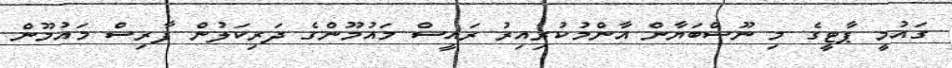
ގައުމީ ޕާޓީގެ މި ނޫސްބަޔާން އާންމުކުރިއިރު ރައީސް މައުމޫންގެ ދަރިކަލުން ފާރިސް މައުމޫން